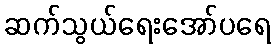
ဆက်သွယ်ရေးအော်ပရေ